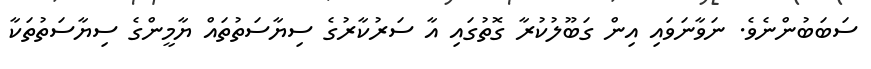
ސަބަބުންނެވެ. ނަވާނަވައި އިން ގަބޫލުކުރާ ގޮތުގައި އާ ސަރުކާރުގެ ސިޔާސަތުތައް ޔާމީންގެ ސިޔާސަތުތަކާ